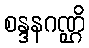
စန္ဒနဂဏ္ဌိ